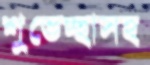
শুভেচ্ছাসহ